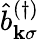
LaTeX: \hat{b}_{\mathbf{k}\sigma}^{(\dagger)}